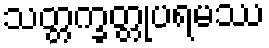
သတ္တက္ခတ္တုပရမဿ